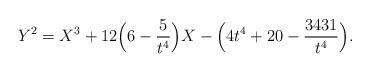
LaTeX: \begin{align*}Y^{2}=X^3+12\Bigl(6-\frac{5}{t^{4}}\Bigr)X-\Bigl(4t^4+20-\frac{3431}{t^{4}}\Bigr).\end{align*}